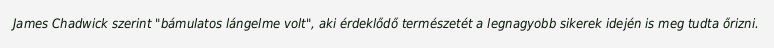
James Chadwick szerint "bámulatos lángelme volt", aki érdeklődő természetét a legnagyobb sikerek idején is meg tudta őrizni.